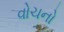
વોચનો